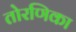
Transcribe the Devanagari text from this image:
तोरणिका